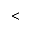
<